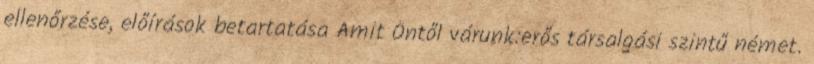
ellenőrzése, előírások betartatása Amit Öntől várunk:erős társalgási szintű német.